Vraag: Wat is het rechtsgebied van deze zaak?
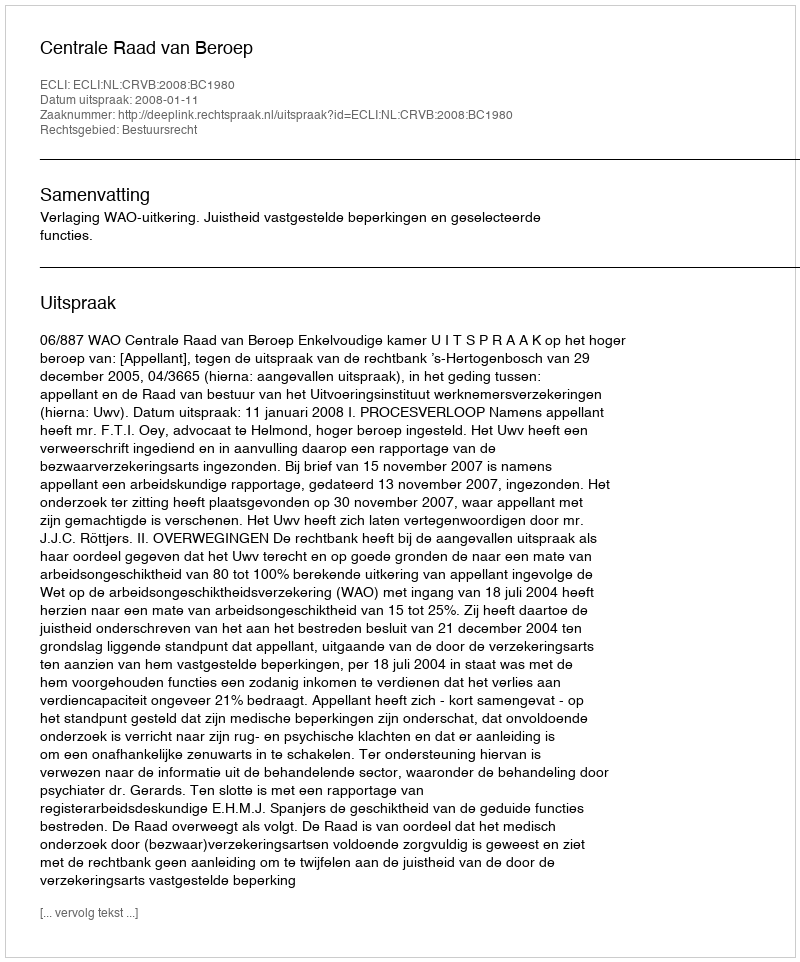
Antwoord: Bestuursrecht